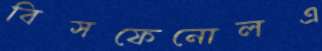
বিসফেনোলএ